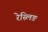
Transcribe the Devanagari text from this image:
रेस्लिङ